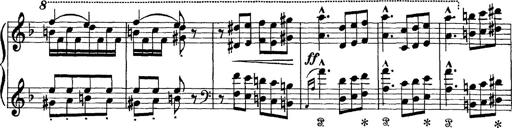
Title: Scherzo und Marsch
Composer: Franz Liszt